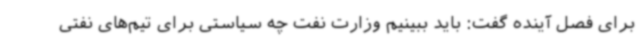
برای فصل آینده گفت: باید ببینیم وزارت نفت چه سیاستی برای تیم‌های نفتی